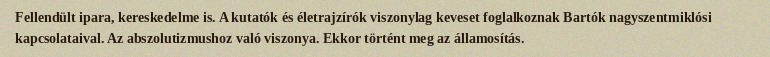
Fellendült ipara, kereskedelme is. A kutatók és életrajzírók viszonylag keveset foglalkoznak Bartók nagyszentmiklósi kapcsolataival. Az abszolutizmushoz való viszonya. Ekkor történt meg az államosítás.